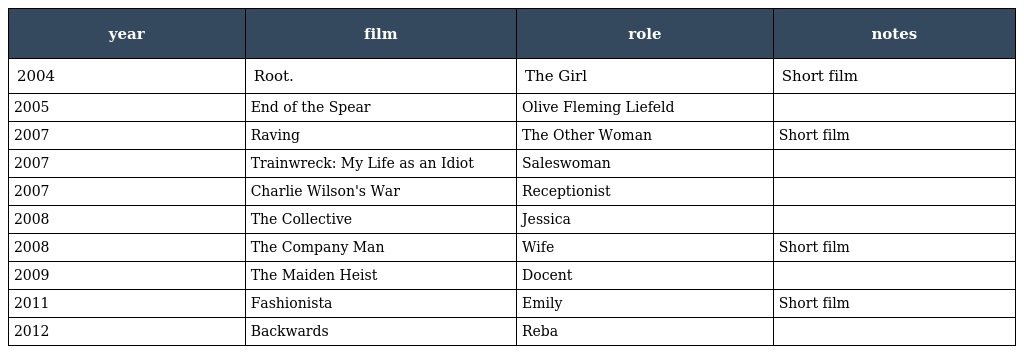
| year | film | role | notes |
 | --- | --- | --- | --- |
 | 2004 | Root. | The Girl | Short film |
 | 2005 | End of the Spear | Olive Fleming Liefeld |  |
 | 2007 | Raving | The Other Woman | Short film |
 | 2007 | Trainwreck: My Life as an Idiot | Saleswoman |  |
 | 2007 | Charlie Wilson's War | Receptionist |  |
 | 2008 | The Collective | Jessica |  |
 | 2008 | The Company Man | Wife | Short film |
 | 2009 | The Maiden Heist | Docent |  |
 | 2011 | Fashionista | Emily | Short film |
 | 2012 | Backwards | Reba |  |